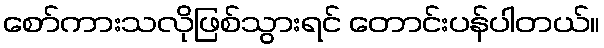
စော်ကားသလိုဖြစ်သွားရင် တောင်းပန်ပါတယ်။